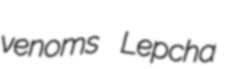
venoms Lepcha